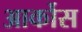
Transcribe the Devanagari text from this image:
आर्कोस